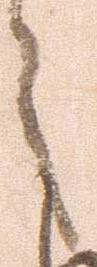
之